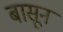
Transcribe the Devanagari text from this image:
बासून